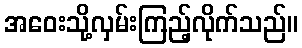
အဝေးသို့လှမ်းကြည့်လိုက်သည်။